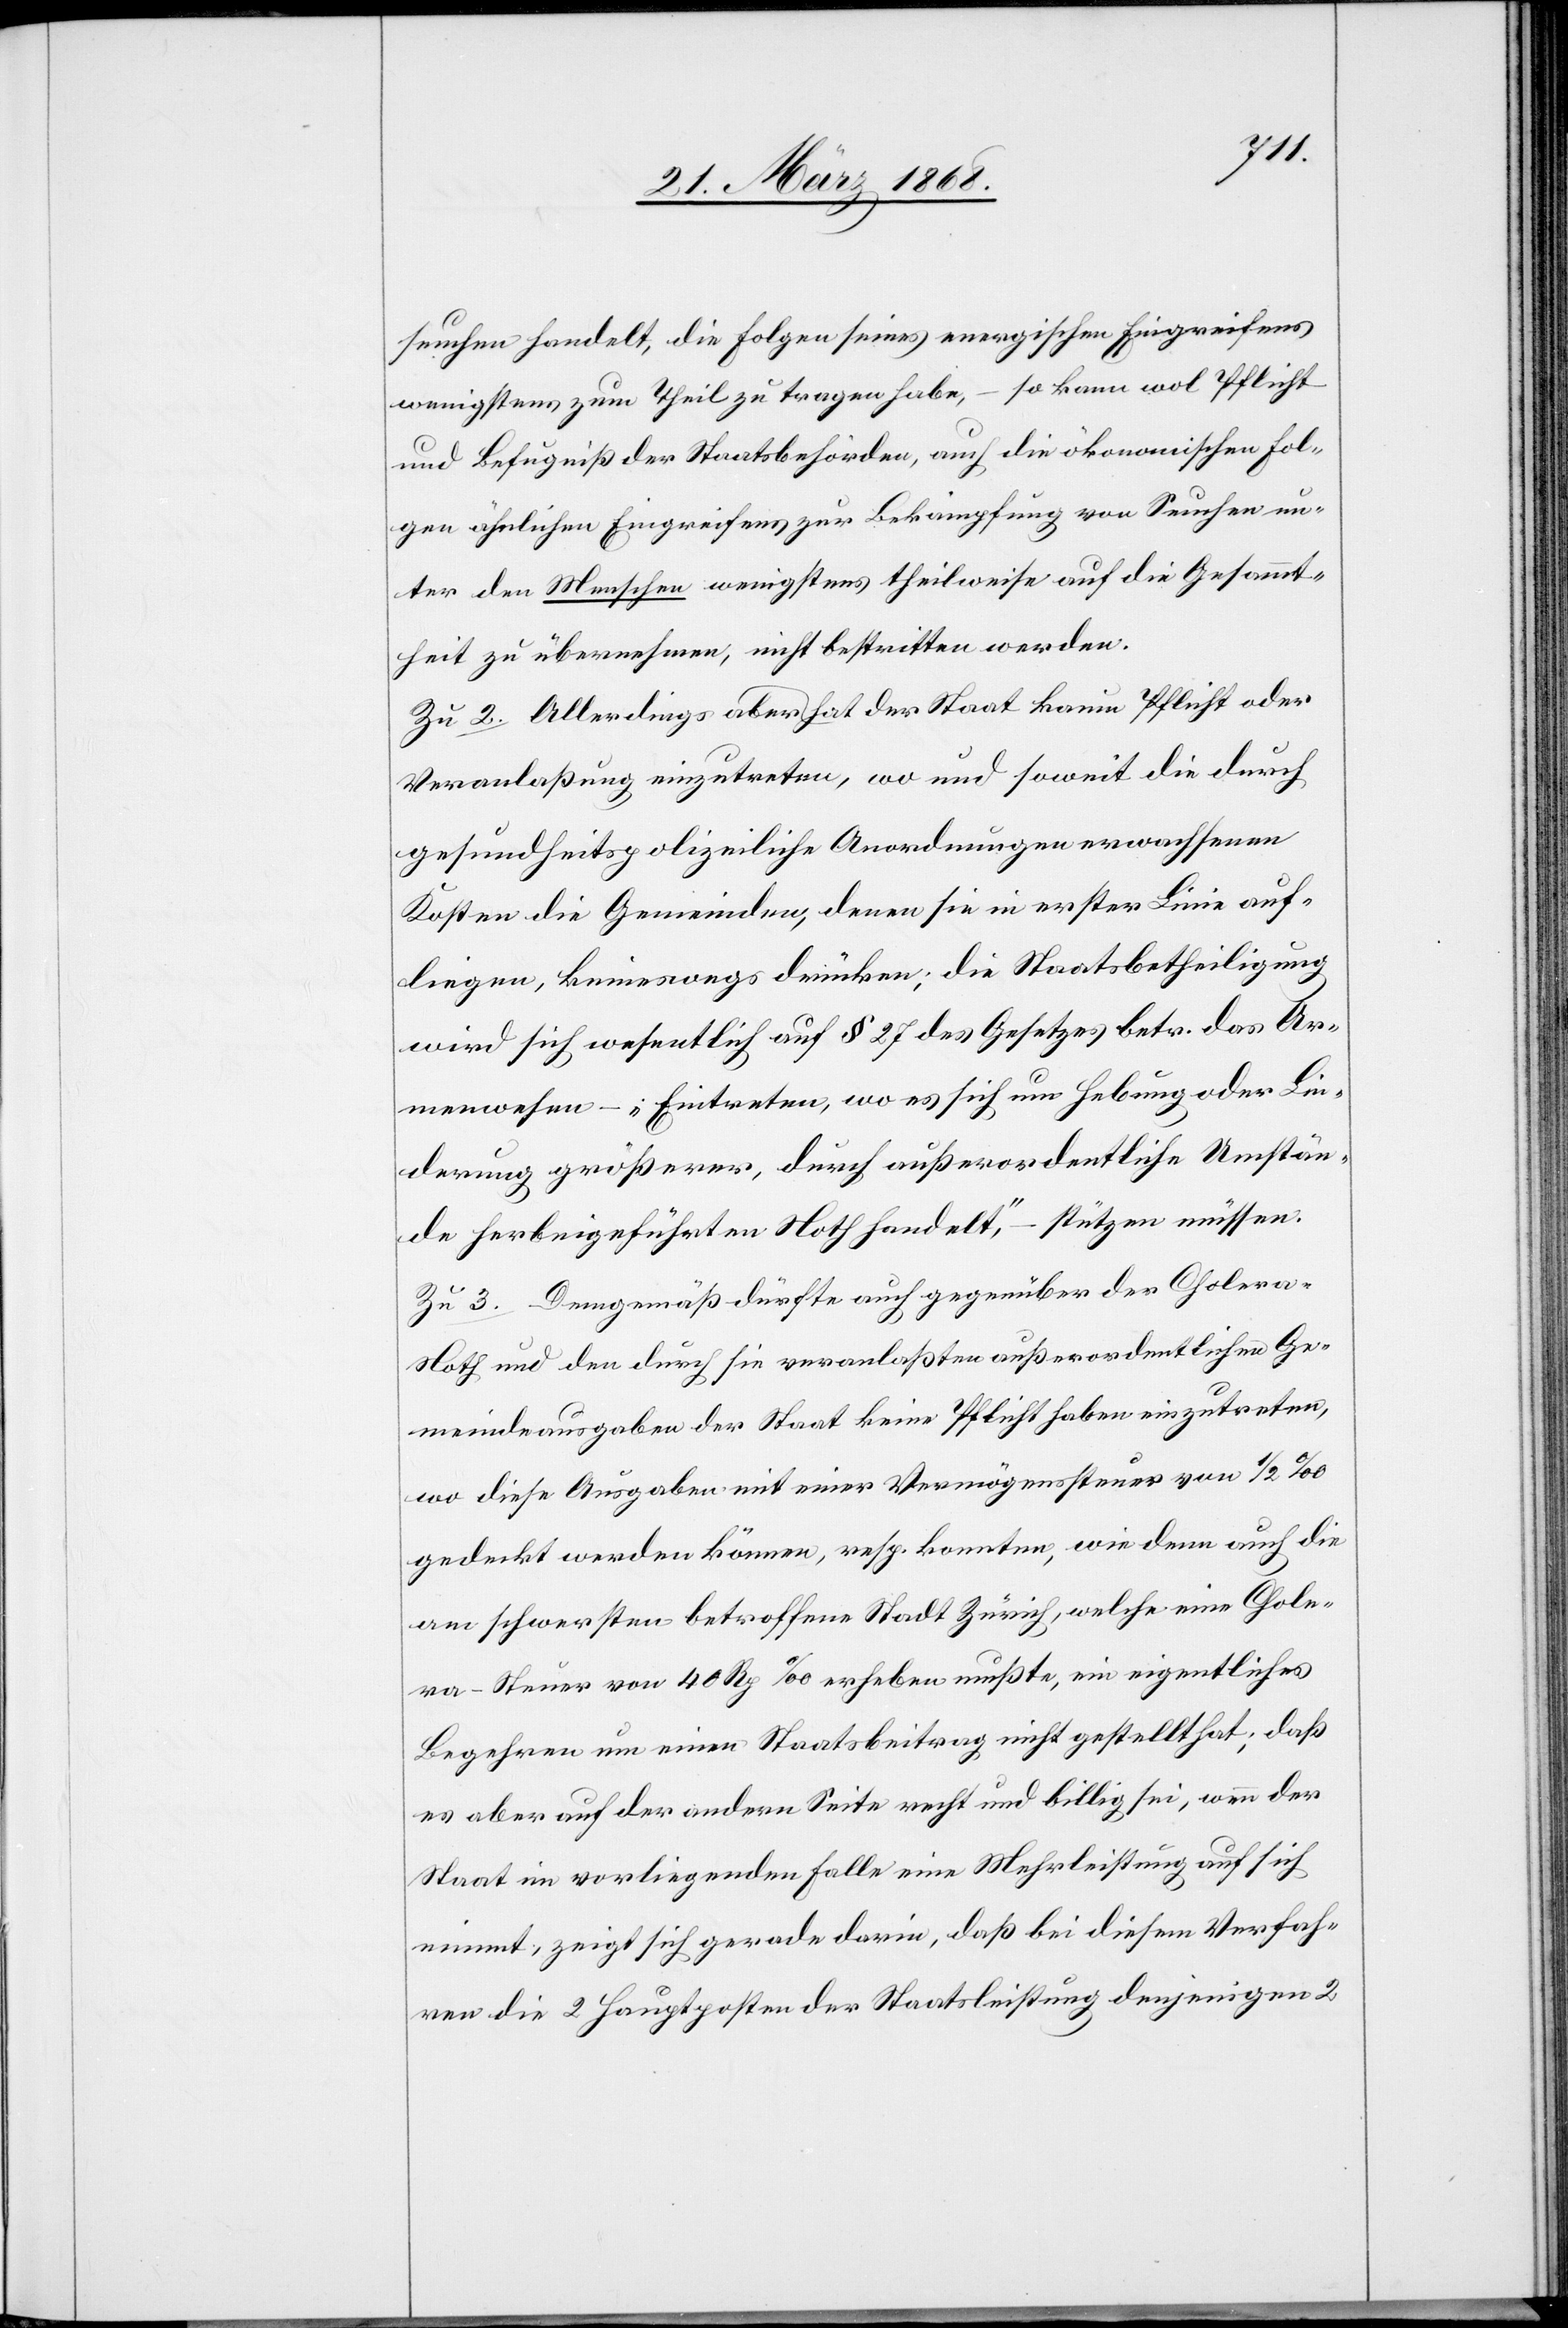
seuchen handelt, die Folgen seines energischen Eingreifens
wenigstens zum Theil zu tragen habe, – so kann wol Pflicht
und Befugniß der Staatsbehörden, auch die ökonomischen Fol¬
gen ähnlichen Eingreifens zur Bekämpfung von Seuchen un¬
ter den Menschen wenigstens theilweise auf die Gesammt¬
heit zu übernehmen, nicht bestritten werden.
Zu 2. Allerdings hat aber der Staat kaum Pflicht oder
Veranlaßung einzutreten, wo und soweit die durch
gesundheitspolizeiliche Anordnungen erwachsenen
Kosten die Gemeinden, denen sie in erster Linie auf¬
liegen, keineswegs drücken; die Staatsbetheiligung
wird sich wesentlich auf § 27 des Gesetzes betr. das Ar¬
menwesen – „Eintreten, wo es sich um Hebung oder Lin¬
derung größerer, durch außerordentliche Umstän¬
de herbeigeführten Noth handelt,“ – stützten müssen.
Zu 3. Demgemäß dürfte auch gegenüber der Cholera-N¬
oth und den durch sie veranlaßten außerordentlichen Ge¬
meindeausgaben der Staat keine Pflicht haben einzutreten,
wo diese Ausgaben mit einer Vermögenssteuer von 1/2 ‰
gedeckt werden können, resp. konnten, wie denn auch die
am schwersten betroffene Stadt Zürich, welche eine Chole¬
ra-Steuer von 40 Rp ‰ erheben mußte, ein eigentliches
Begehren um einen Staatsbeitrag nicht gestellt hat; daß
es aber auf der andern Seite recht und billig sei, wenn der
Staat im vorliegenden Falle eine Mehrleistung auf sich
nimmt, zeigt sich gerade darin, daß bei diesem Verfah¬
ren die 2 Hauptposten der Staatsleistung denjenigen 2